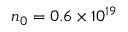
n _ { 0 } = 0 . 6 \times 1 0 ^ { 1 9 }